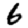
Digit: 6